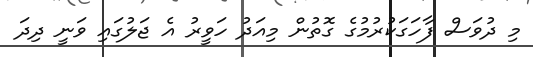
މި ދުވަސް ފާހަގަކުރުމުގެ ގޮތުން މިއަދު ހަވީރު އެ ޖަލުގައި ވަނީ ދިދަ